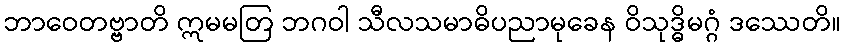
ဘာဝေတဗ္ဗာတိ ဣမမတြ ဘဂဝါ သီလသမာဓိပညာမုခေန ဝိသုဒ္ဓိမဂ္ဂံ ဒဿေတိ။